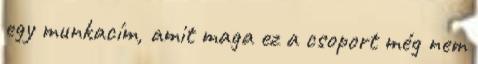
egy munkacím, amit maga ez a csoport még nem